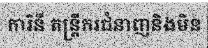
ការិនី តន្ត្រីករជំនាញនិងមិន